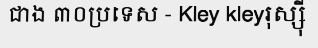
ជាង ៣០ប្រទេស - Kley kleyរុស្ស៊ី